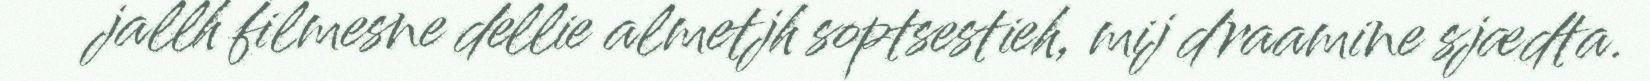
jallh filmesne dellie almetjh soptsestieh, mij draamine sjædta.